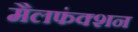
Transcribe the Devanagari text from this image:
मैलफंक्शन